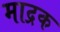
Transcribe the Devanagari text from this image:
माद्रक